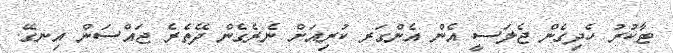
ޓާކުރު ހެދިގެން ޖެލަސީ އެން އެންގަރ ކުރިއަށް ނެރެގެން ދޭތެރެ ޖައްސަން އިނގޭ.